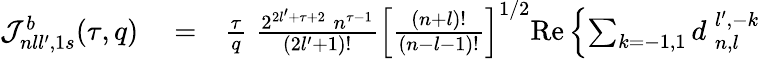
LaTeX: \begin{array}{rlr}{{\cal J}_{nll^{\prime},1s}^{b}(\tau,q)}&{{}=}&{\frac{\tau}{q}\; \frac{2^{2l^{\prime}+\tau+2}\; n^{\tau-1}}{(2l^{\prime}+1)!}\left[\frac{(n+l)!}{(n-l-1)!}\right]^{1/2}\mathrm{Re}\left\{ \sum_{k=-1,1}d_{\; n,l}^{\; l^{\prime},-k}\right.}\end{array}